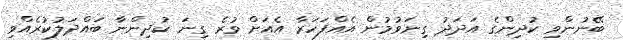
ބޭނުންވި ކުދިންގެ އަދަދު ގިނަވުމުން އެއްފަހަރާ އެއަށް ވުރެ ގިނަ ކުދިންނާ ބައްދަލުކުރެއްވި